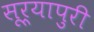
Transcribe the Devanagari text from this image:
सूर्यापुरी